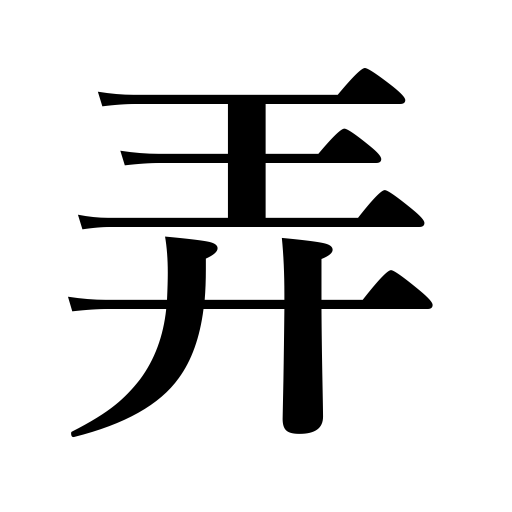
Meanings: play with,take pleasure in,trifle with,make sport of,trifle with affections,play on an instrument,play